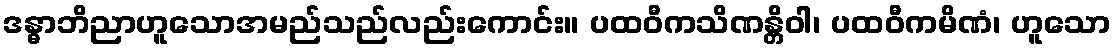
ဒန္ဓာဘိညာဟူသောအမည်သည်လည်းကောင်း။ ပထဝီကသိဏန္တိဝါ၊ ပထဝီကမိဏံ၊ ဟူသော